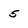
Character: 5